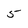
Character: 5